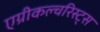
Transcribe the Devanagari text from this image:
एग्रीकल्चरिस्ट्स